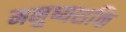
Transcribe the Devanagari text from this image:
मनुष्यशक्ति